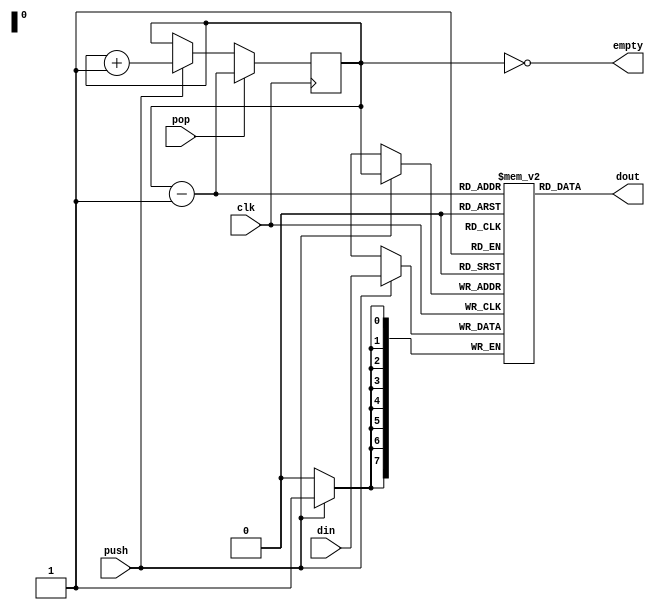
module Stack (clk, din, dout, push, pop, empty);
    
    parameter size = 8;
    input push, pop, clk;
    input [size-1:0] din;
    output empty;

    output reg [size-1:0] dout;
    
    reg [size-1:0] file[255:0];
    reg [7:0] top = 0;

    always @(posedge clk) begin
        if(push) begin
            top <= top + 1;
            file[top] <= din;
        end
        if(pop)
            top <= top - 1;
    end
    
    assign empty = top == 0;
    assign dout = file[top - 1];
endmodule